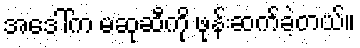
အဒေါ်က မဆုဆီကို ဖုန်းဆက်ခဲ့တယ်။